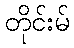
တိုင်းမ်